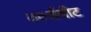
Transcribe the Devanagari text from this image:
वर्ल्डबीट